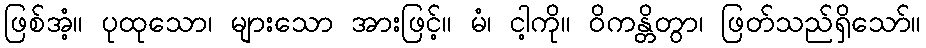
ဖြစ်အံ့။ ပုထုသော၊ များသော အားဖြင့်။ မံ၊ ငါ့ကို။ ဝိကန္တိတွာ၊ ဖြတ်သည်ရှိသော်။